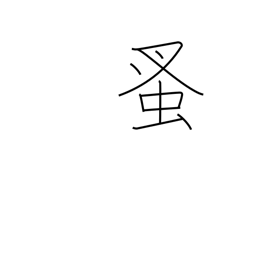
Meaning: flea